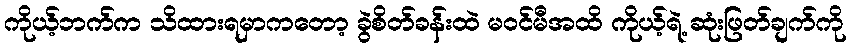
ကိုယ့်ဘက်က သိထားရမှာကတော့ ခွဲစိတ်ခန်းထဲ မဝင်မီအထိ ကိုယ့်ရဲ့ ဆုံးဖြတ်ချက်ကို